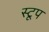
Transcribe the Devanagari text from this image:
स्टूप